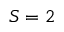
S = 2